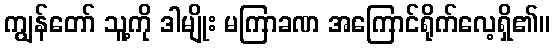
ကျွန်တော် သူ့ကို ဒါမျိုး မကြာခဏ အကြောင်ရိုက်လေ့ရှိ၏။